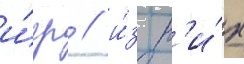
и́гр / и́з н'и́х